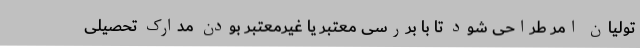
تولیان امر طراحی شود تا با بررسی معتبر یا غیرمعتبر بودن مدارک تحصیلی